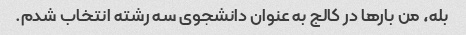
بله، من بارها در کالج به عنوان دانشجوی سه رشته انتخاب شدم.